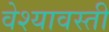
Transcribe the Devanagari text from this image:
वेश्यावस्ती